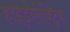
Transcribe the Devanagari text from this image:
हाइड्रोलेक्ट्रिक